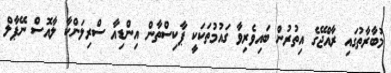
މުބާރާތުގައި ރާއްޖޭގެ އިތުރުން ބައިވެރިވާ ގައުމުތަކަކީ ޕާކިސްތާން އިންޑިއާ ސްރިލަންކާ ލާއޮސް ނޭޕާލް